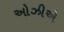
ઓઝીએ